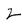
Character: Z